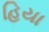
હિયા